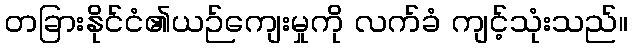
တခြားနိုင်ငံ၏ယဉ်ကျေးမှုကို လက်ခံ ကျင့်သုံးသည်။